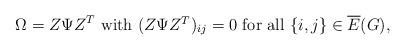
LaTeX: \begin{align*}\Omega = Z \Psi Z^T \mbox{ with $(Z\Psi Z^T)_{ij} = 0$ for all } \{i,j\} \in \overline{E}(G),\end{align*}